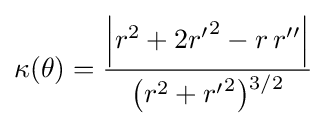
\kappa (\theta )={\frac {\left|r^{2}+2{r'}^{2}-r\,r''\right|}{{\bigl (}r^{2}+{r'}^{2}{\bigr )}{\vphantom {'}}^{3/2}}}